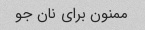
ممنون برای نان جو